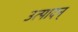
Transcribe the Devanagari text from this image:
उत्पादन्